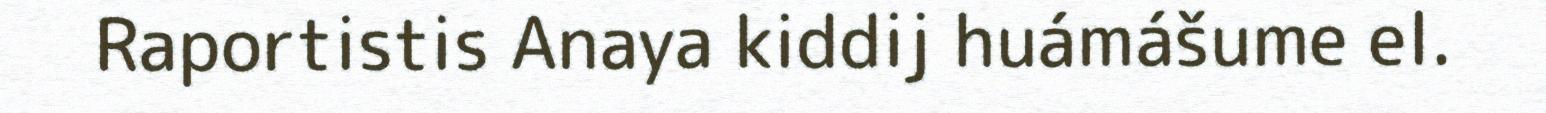
Raportistis Anaya kiddij huámášume el.